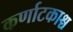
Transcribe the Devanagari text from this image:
कर्णाटकाश्च